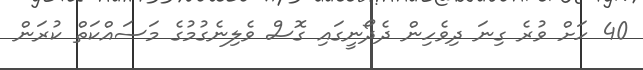
40 ހަށް ވުރެ ގިނަ ދިވެހިން ދެދޯނީގައި ގޮސް ވެލިނެގުމުގެ މަސައްކަތް ކުރަން